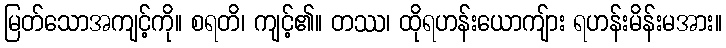
မြတ်သောအကျင့်ကို။ စရတိ၊ ကျင့်၏။ တဿ၊ ထိုရဟန်းယောကျ်ား ရဟန်းမိန်းမအား။